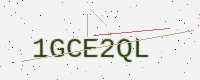
Text: 1GCE2QL